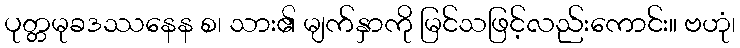
ပုတ္တမုခဒဿနေန စ၊ သား၏ မျက်နှာကို မြင်သဖြင့်လည်းကောင်း။ ဗဟုံ၊